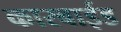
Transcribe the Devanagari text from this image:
कारबाईड